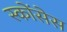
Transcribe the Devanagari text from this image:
स्कोंसेस